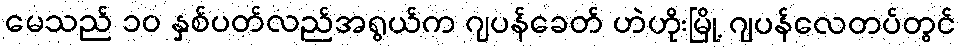
မေသည် ၁၀ နှစ်ပတ်လည်အရွယ်က ဂျပန်ခေတ် ဟဲဟိုးမြို့ ဂျပန်လေတပ်တွင်